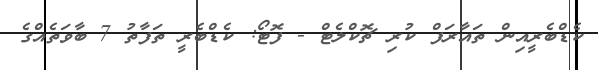
ކެޑްބެރީއިން ތައާރަފް ކުރި ޗޮކްލެޓް - ފޮޓޯ: ކެޑްބެރީ ތަފާތު 7 ބާވަތެއްގެ